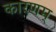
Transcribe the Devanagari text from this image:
कारणम्